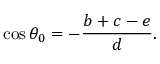
\cos \theta _ { 0 } = - { \frac { b + c - e } { d } } .